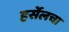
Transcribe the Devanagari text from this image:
हर्सेलचा